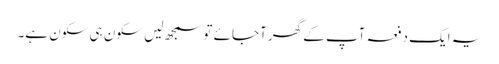
یہ ایک دفعہ آپ کے گھر آجائے تو سمجھ لیں سکون ہی سکون ہے۔